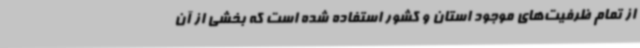
از تمام ظرفیت‌های موجود استان و کشور استفاده شده است که بخشی از آن